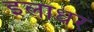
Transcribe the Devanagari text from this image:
इलाधर